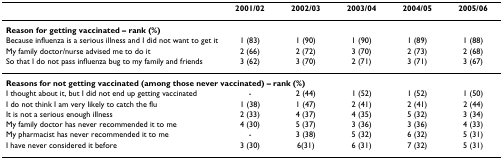
<table><thead><tr><td></td><td><b>2001/02</b></td><td><b>2002/03</b></td><td><b>2003/04</b></td><td><b>2004/05</b></td><td><b>2005/06</b></td></tr></thead><tbody><tr><td colspan="6"><b>Reason for getting vaccinated – rank (%)</b></td></tr><tr><td>Because influenza is a serious illness and I did not want to get it</td><td>1 (83)</td><td>1 (90)</td><td>1 (90)</td><td>1 (89)</td><td>1 (88)</td></tr><tr><td>My family doctor/nurse advised me to do it</td><td>2 (66)</td><td>2 (72)</td><td>3 (70)</td><td>2 (73)</td><td>2 (68)</td></tr><tr><td>So that I do not pass influenza bug to my family and friends</td><td>3 (62)</td><td>3 (70)</td><td>2 (71)</td><td>3 (71)</td><td>3 (67)</td></tr><tr><td colspan="6"><b>Reasons for not getting vaccinated (among those never vaccinated) – rank (%)</b></td></tr><tr><td>I thought about it, but I did not end up getting vaccinated</td><td>-</td><td>2 (44)</td><td>1 (52)</td><td>1 (52)</td><td>1 (50)</td></tr><tr><td>I do not think I am very likely to catch the flu</td><td>1 (38)</td><td>1 (47)</td><td>2 (41)</td><td>2 (41)</td><td>2 (44)</td></tr><tr><td>It is not a serious enough illness</td><td>2 (33)</td><td>4 (37)</td><td>4 (35)</td><td>5 (32)</td><td>3 (34)</td></tr><tr><td>My family doctor has never recommended it to me</td><td>4 (30)</td><td>5 (37)</td><td>3 (36)</td><td>3 (36)</td><td>4 (33)</td></tr><tr><td>My pharmacist has never recommended it to me</td><td>-</td><td>3 (38)</td><td>5 (32)</td><td>6 (32)</td><td>5 (31)</td></tr><tr><td>I have never considered it before</td><td>3 (30)</td><td>6(31)</td><td>6 (31)</td><td>7 (32)</td><td>5 (31)</td></tr></tbody></table>